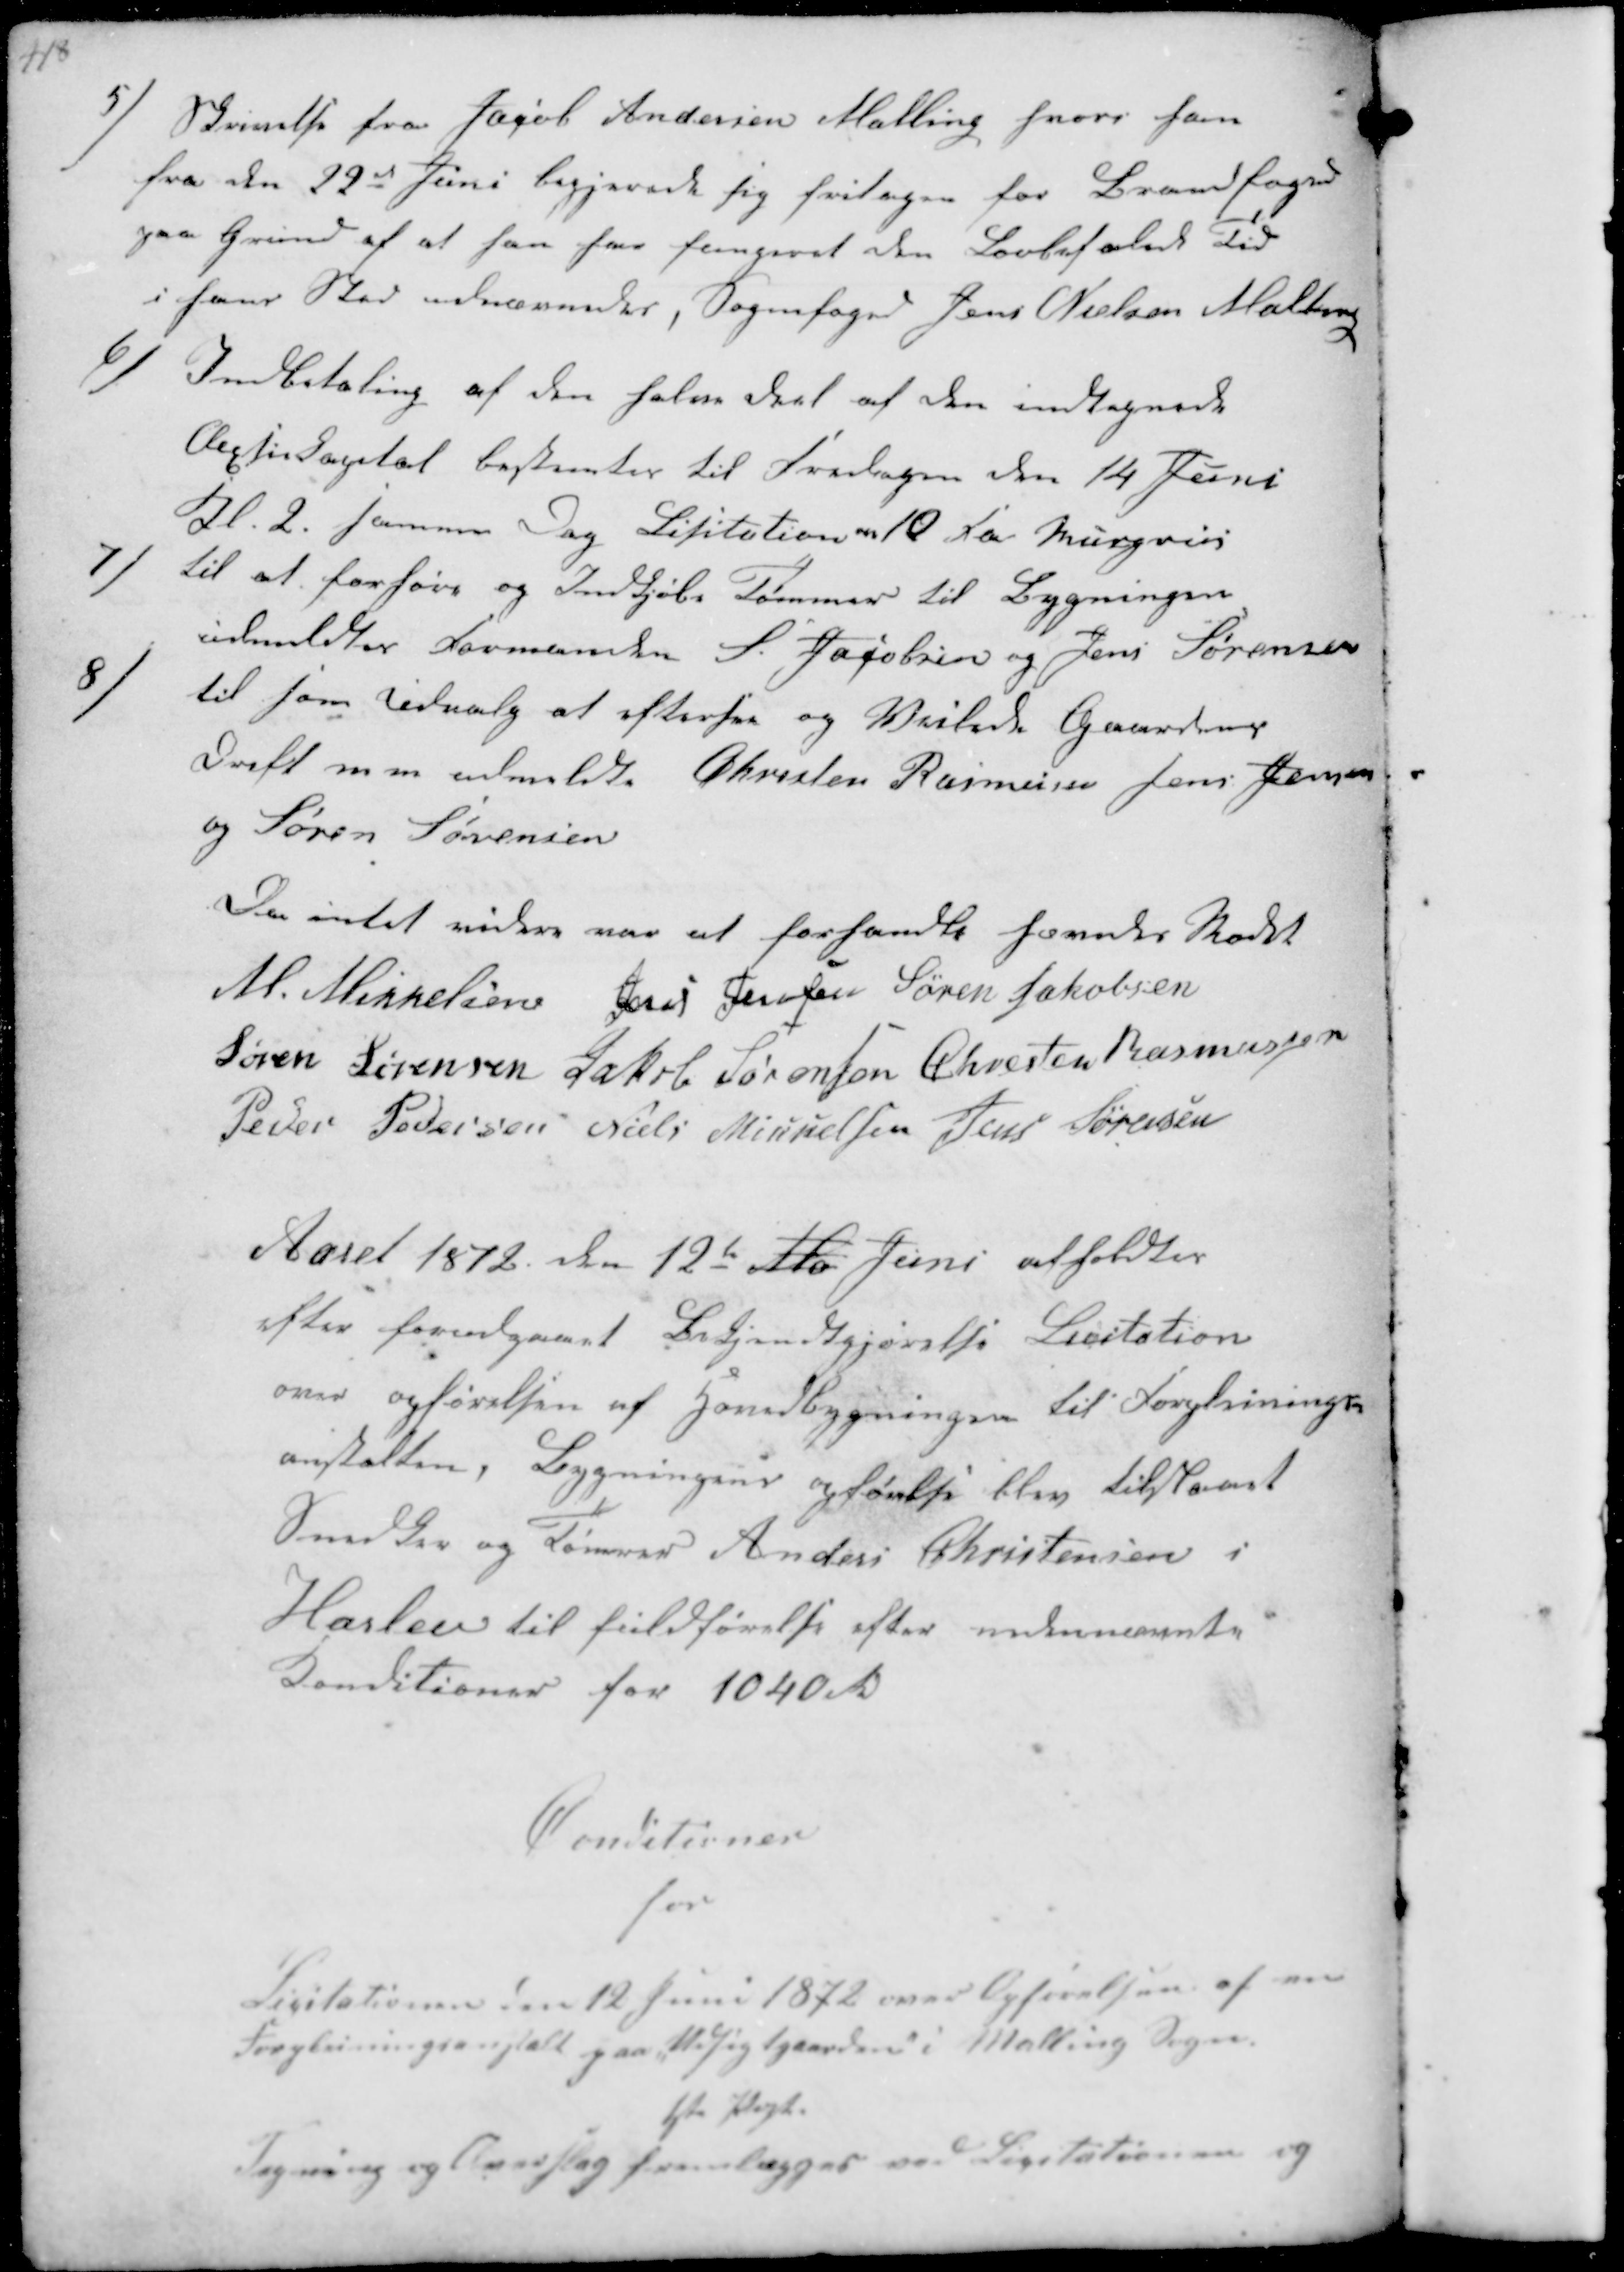
Transskription:
5/
Skrivelse fra Jacob Andersen Malling hvori han
fra den 22de Juni begjærede sig fritagen for Brandfoged
paa Grund af at han har fungeret den Lovbefalede Tid
i hans Sted udnævnedes, Sognefoged Jens Nielsen Malling

6/
Indbetaling af den halve deel af den indtegnede
Aktiekapital bestemtes til Fredagen den 14 Juni
Kl. 2. samme Dag Lisitation over 10 Kbm Murgrus

7/
til at forhøre og Indkjøbe Tømmer til Bygningen.
udmeldtes Formanden S. Jacobsen og Jens Sørensn

8/
til som Udvalg at eftersee og Veilede Gaardens
Drift m m udmeldtes Christen Rasmussen Jens Jensen
og Søren Sørensen
Da intet videre var at forhandle hævedes Mødet
M. Mikkelsen Jens Jensen Søren Jakobsen
Søren Sørensen Jakob Sørensen Chresten Rasmussen
Peder Pedersen Niels Mikkelsen Jens Sørensen

Aaret 1872 den 12te Ma Juni afholdtes
efter forudgaaet Bekjendtgjørelse Licitation
over opførelsen af Hovedbygningen til Forpleinings-
anstalten, Bygningens opførelse blev tilstaaet
Snedker og Tømrer Anders Christensen i
Haslev til fuldførelse efter undernævnte
Conditioner for 1040 Rd

Conditioner
for
Licitationen den 12 Juni 1872 over Opførelsen af en
Forpleiningsanstalt paa Udsigtgaarden i Malling Sogn.
1ste Post
Tegning og Overslag fremlægges ved Licitationen.